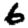
Digit: 6